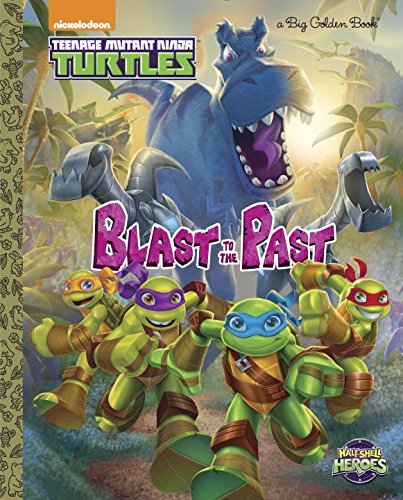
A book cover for Blast to the Past! (Teenage Mutant Ninja Turtles: Half-Shell Heroes) (Big Golden Book); Paul Linsley; Children's Books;